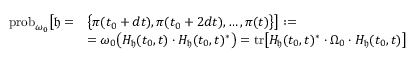
\begin{array} { r l } { \mathrm { p r o b } _ { \omega _ { 0 } } \big [ \mathfrak { h } = } & { \big \{ \pi ( t _ { 0 } + d t ) , \pi ( t _ { 0 } + 2 d t ) , \dots , \pi ( t ) \big \} \big ] : = } \\ & { = \omega _ { 0 } \big ( H _ { \mathfrak { h } } ( t _ { 0 } , t ) \cdot H _ { \mathfrak { h } } ( t _ { 0 } , t ) ^ { * } \big ) = \mathrm { t r } \big [ H _ { \mathfrak { h } } ( t _ { 0 } , t ) ^ { * } \cdot \Omega _ { 0 } \cdot H _ { \mathfrak { h } } ( t _ { 0 } , t ) \big ] } \end{array}